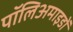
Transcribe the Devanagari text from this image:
पॉलिअमाइडों